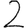
Digit: 2